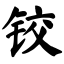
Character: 铰